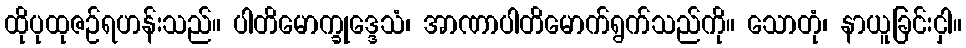
ထိုပုထုဇဉ်ရဟန်းသည်။ ပါတိမောက္ခုဒ္ဒေသံ၊ အာဏာပါတိမောက်ရွက်သည်ကို။ သောတုံ၊ နာယူခြင်းငှါ။